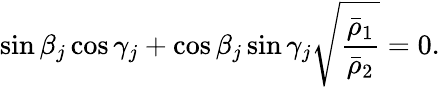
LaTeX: \sin\beta_{j}\cos\gamma_{j}+\cos\beta_{j}\sin\gamma_{j}\sqrt{\frac{\bar{\rho}_{1}}{\bar{\rho}_{2}}}=0.